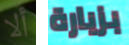
ألا بزيارة